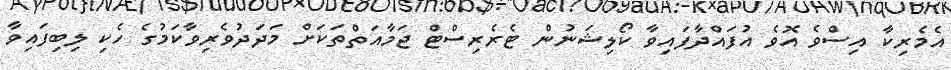
އެމެރިކާ އިސްވެ އޮވެ އުފައްދާފައިވާ ކޯލިޝަނުން ޓެރެރިސްޓް ޖަމާއަތްތަކަށް މަދަދުވެރިވާކަމުގެ ހެކި ލިބިފައިވާ